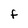
Character: F